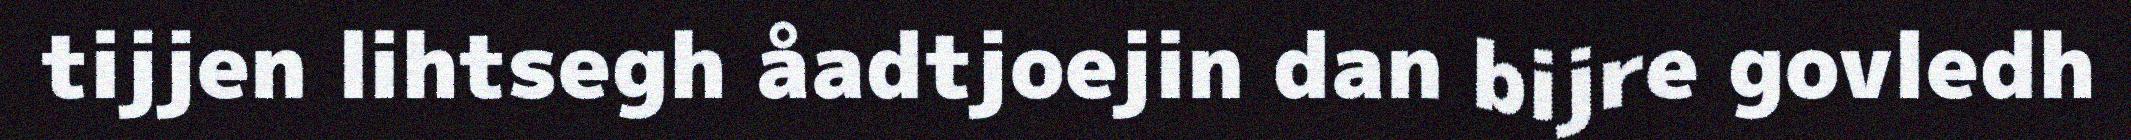
tijjen lihtsegh åadtjoejin dan bijre govledh